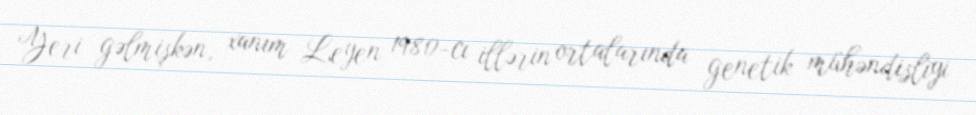
Yeri gəlmişkən, xanım Leyen 1980-cı illərin ortalarında genetik mühəndisliyi